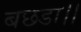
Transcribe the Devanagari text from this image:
बछडा।।